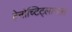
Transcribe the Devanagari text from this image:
टेनोच्टिट्लानला